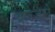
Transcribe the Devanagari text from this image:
ब्राउजरो